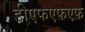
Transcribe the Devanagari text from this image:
डीएफएफएफ